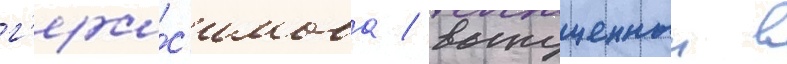
г'ера́с'имова / выпущенныи в